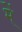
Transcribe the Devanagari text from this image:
मेेें